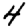
Digit: 4